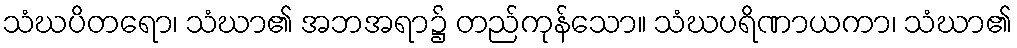
သံဃပိတရော၊ သံဃာ၏ အဘအရာ၌ တည်ကုန်သော။ သံဃပရိဏာယကာ၊ သံဃာ၏